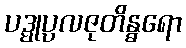
ပဒ္မုပ္ပလဇုတိန္ဓရော